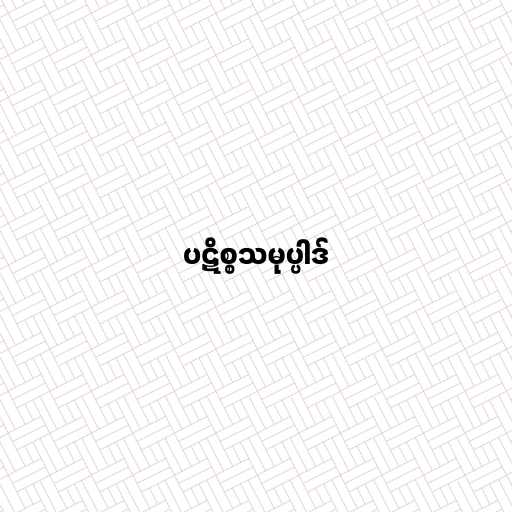
ပဋိစ္စသမုပ္ပါဒ်